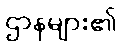
ဌာနများ၏